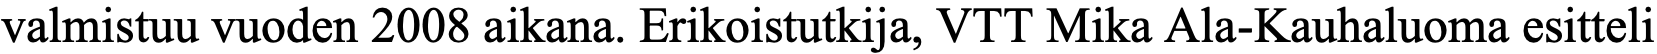
valmistuu vuoden 2008 aikana. Erikoistutkija, VTT Mika Ala-Kauhaluoma esitteli